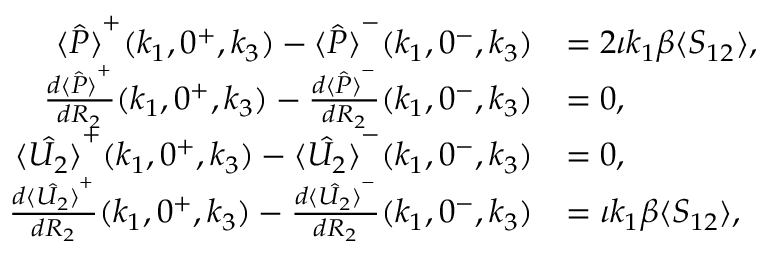
\begin{array} { r l } { \hat { \langle P \rangle } ^ { + } ( k _ { 1 } , 0 ^ { + } , k _ { 3 } ) - \hat { \langle P \rangle } ^ { - } ( k _ { 1 } , 0 ^ { - } , k _ { 3 } ) } & { = 2 \iota k _ { 1 } \beta \langle S _ { 1 2 } \rangle , } \\ { \frac { d \hat { \langle P \rangle } ^ { + } } { d R _ { 2 } } ( k _ { 1 } , 0 ^ { + } , k _ { 3 } ) - \frac { d \hat { \langle P \rangle } ^ { - } } { d R _ { 2 } } ( k _ { 1 } , 0 ^ { - } , k _ { 3 } ) } & { = 0 , } \\ { \hat { \langle U _ { 2 } \rangle } ^ { + } ( k _ { 1 } , 0 ^ { + } , k _ { 3 } ) - \hat { \langle U _ { 2 } \rangle } ^ { - } ( k _ { 1 } , 0 ^ { - } , k _ { 3 } ) } & { = 0 , } \\ { \frac { d \hat { \langle U _ { 2 } \rangle } ^ { + } } { d R _ { 2 } } ( k _ { 1 } , 0 ^ { + } , k _ { 3 } ) - \frac { d \hat { \langle U _ { 2 } \rangle } ^ { - } } { d R _ { 2 } } ( k _ { 1 } , 0 ^ { - } , k _ { 3 } ) } & { = \iota k _ { 1 } \beta \langle S _ { 1 2 } \rangle , } \end{array}